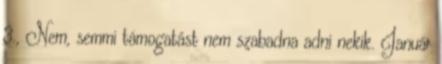
3., Nem, semmi támogatást nem szabadna adni nekik. Január